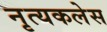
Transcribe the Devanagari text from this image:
नृत्यकलेस